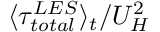
\langle \tau _ { t o t a l } ^ { L E S } \rangle _ { t } / U _ { H } ^ { 2 }